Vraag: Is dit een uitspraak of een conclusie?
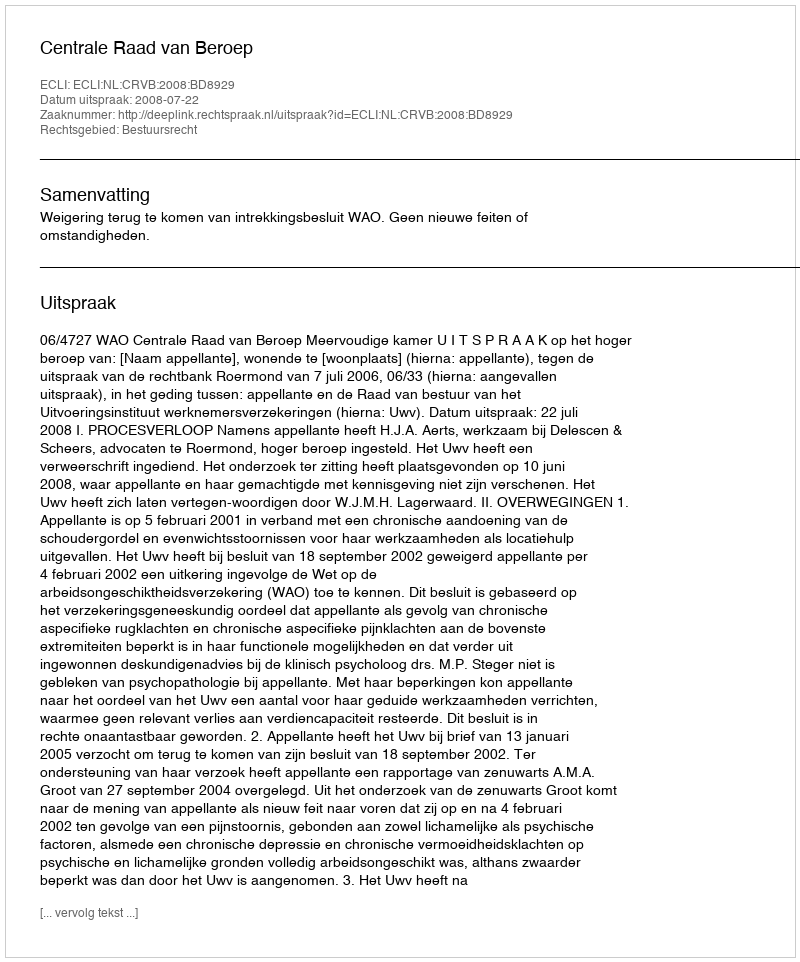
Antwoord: Uitspraak